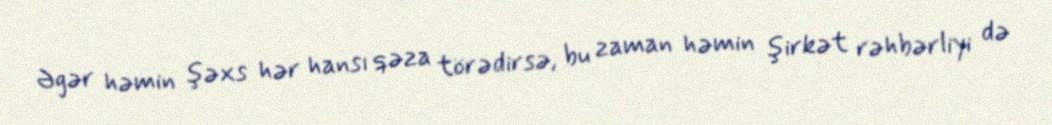
Əgər həmin şəxs hər hansı qəza törədirsə, bu zaman həmin şirkət rəhbərliyi də